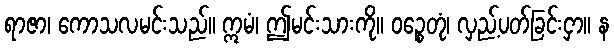
ရာဇာ၊ ကောသလမင်းသည်။ ဣမံ၊ ဤမင်းသားကို။ ဝဉ္စေတုံ၊ လှည့်ပတ်ခြင်းငှာ။ န